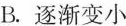
B.逐渐变小